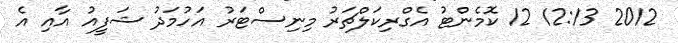
2012 12:13 12 ކޮމެންޓު އެގްރިކަލްޗަރު މިނިސްޓަރު އަހުމަދު ޝަފީއު އާއި އެ